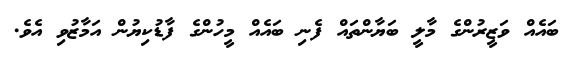
ބައެއް ވަޒީރުންގެ މާލީ ބަޔާންތައް ފެނި ބައެއްް މީހުންގެ ފާޑުކިޔުން އަމާޒުވި އެވެ.